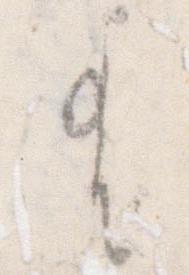
有